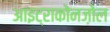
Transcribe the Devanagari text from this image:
आइट्राकोनज़ोल